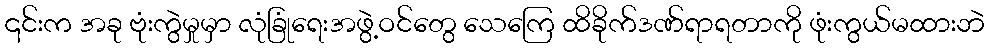
၎င်းက အခု ဗုံးကွဲမှုမှာ လုံခြုံရေးအဖွဲ့ဝင်တွေ သေကြေ ထိခိုက်ဒဏ်ရာရတာကို ဖုံးကွယ်မထားဘဲ